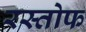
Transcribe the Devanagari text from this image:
रस्तोफ